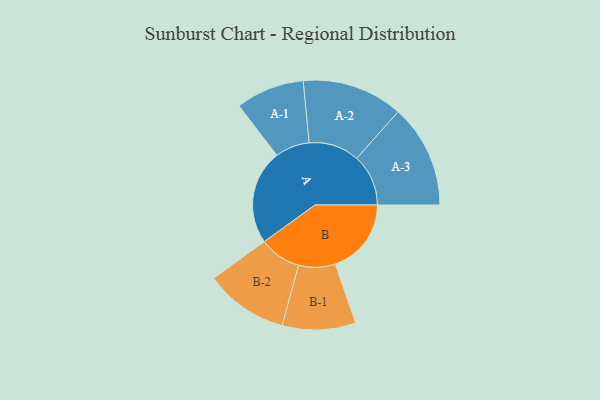
{"axis": {"x": "Segment", "y": "Value"}, "legend": ["", "A", "B"], "data": [{"x": "A", "y": 397, "type": ""}, {"x": "B", "y": 319, "type": ""}, {"x": "A-1", "y": 144, "type": "A"}, {"x": "A-2", "y": 212, "type": "A"}, {"x": "A-3", "y": 217, "type": "A"}, {"x": "B-1", "y": 154, "type": "B"}, {"x": "B-2", "y": 175, "type": "B"}]}